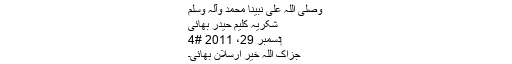
وصلى اللہ على نبینا محمد وآلہ وسلم​
شکریہ کلیم حیدر بھائی​
‏دسمبر 29، 2011 #4
جزاک اللہ خیر ارسلان بھائی۔